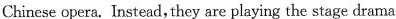
Chinese opera.Instead, they are playing the stage drama